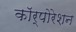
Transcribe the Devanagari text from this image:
काॅर्पोरेशन